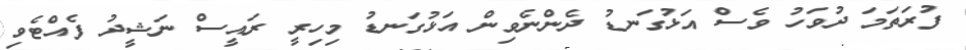
ފުރަތަމަ ދުވަހު ވެސް އަޅުގަނޑު ދެންނެވިން އަޅުގަނޑު މިހިރީ ރައީސް ނަޝީދު ފެއްޓެވި